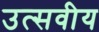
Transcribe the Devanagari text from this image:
उत्सवीय